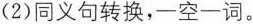
(2)同义句转换，一空一词。